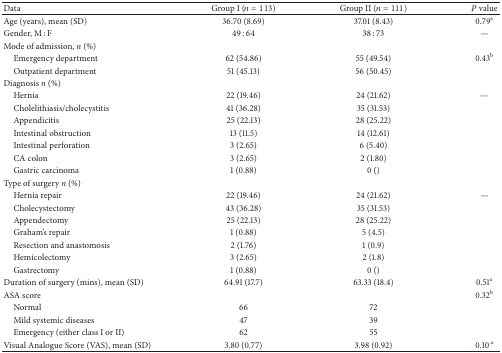
<table><thead><tr><td><b>Data</b></td><td><b>Group I (<i>n</i> = 113) </b></td><td><b>Group II (<i>n</i> = 111)</b></td><td><b><i>P</i> value</b></td></tr></thead><tbody><tr><td>Age (years), mean (SD)</td><td>36.70 (8.69)</td><td>37.01 (8.43)</td><td>0.79<sup>a</sup></td></tr><tr><td>Gender, M : F</td><td>49 : 64</td><td>38 : 73</td><td>—</td></tr><tr><td>Mode of admission, <i>n</i> (%)</td><td> </td><td> </td><td> </td></tr><tr><td>Emergency department</td><td>62 (54.86)</td><td>55 (49.54)</td><td>0.43<sup>b</sup></td></tr><tr><td> Outpatient department</td><td>51 (45.13)</td><td>56 (50.45)</td><td> </td></tr><tr><td>Diagnosis <i>n</i> (%)</td><td> </td><td> </td><td> </td></tr><tr><td>Hernia</td><td>22 (19.46)</td><td>24 (21.62)</td><td>—</td></tr><tr><td> Cholelithiasis/cholecystitis</td><td>41 (36.28)</td><td>35 (31.53)</td><td> </td></tr><tr><td> Appendicitis</td><td>25 (22.13)</td><td>28 (25.22)</td><td> </td></tr><tr><td> Intestinal obstruction</td><td>13 (11.5)</td><td>14 (12.61)</td><td> </td></tr><tr><td> Intestinal perforation</td><td>3 (2.65)</td><td>6 (5.40)</td><td> </td></tr><tr><td> CA colon</td><td>3 (2.65)</td><td>2 (1.80)</td><td> </td></tr><tr><td> Gastric carcinoma </td><td>1 (0.88)</td><td> 0 ()</td><td> </td></tr><tr><td>Type of surgery <i>n</i> (%) </td><td> </td><td> </td><td> </td></tr><tr><td> Hernia repair</td><td>22 (19.46)</td><td>24 (21.62)</td><td>—</td></tr><tr><td> Cholecystectomy</td><td>43 (36.28)</td><td>35 (31.53)</td><td> </td></tr><tr><td> Appendectomy</td><td>25 (22.13)</td><td>28 (25.22)</td><td> </td></tr><tr><td> Graham&#x27;s repair</td><td>1 (0.88)</td><td>5 (4.5)</td><td> </td></tr><tr><td> Resection and anastomosis</td><td>2 (1.76)</td><td>1 (0.9)</td><td> </td></tr><tr><td> Hemicolectomy</td><td>3 (2.65)</td><td>2 (1.8)</td><td> </td></tr><tr><td> Gastrectomy </td><td>1 (0.88)</td><td>0 ()</td><td> </td></tr><tr><td>Duration of surgery (mins), mean (SD)</td><td>64.91 (17.7)</td><td>63.33 (18.4)</td><td>0.51<sup>a</sup></td></tr><tr><td>ASA score</td><td> </td><td> </td><td>0.32<sup>b</sup></td></tr><tr><td> Normal</td><td>66</td><td>72</td><td> </td></tr><tr><td> Mild systemic diseases</td><td>47</td><td>39</td><td> </td></tr><tr><td> Emergency (either class I or II)</td><td>62</td><td>55</td><td> </td></tr><tr><td>Visual Analogue Score (VAS), mean (SD)</td><td>3.80 (0.77)</td><td>3.98 (0.92)</td><td>0.10<sup> a</sup></td></tr></tbody></table>